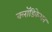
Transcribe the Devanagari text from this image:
क्लॉडिकेशन